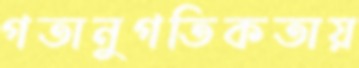
গতানুগতিকতায়